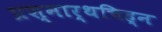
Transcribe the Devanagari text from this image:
प्रश्नार्थचिह्न